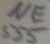
Text: NE555